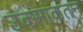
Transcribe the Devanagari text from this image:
उक्साकतन